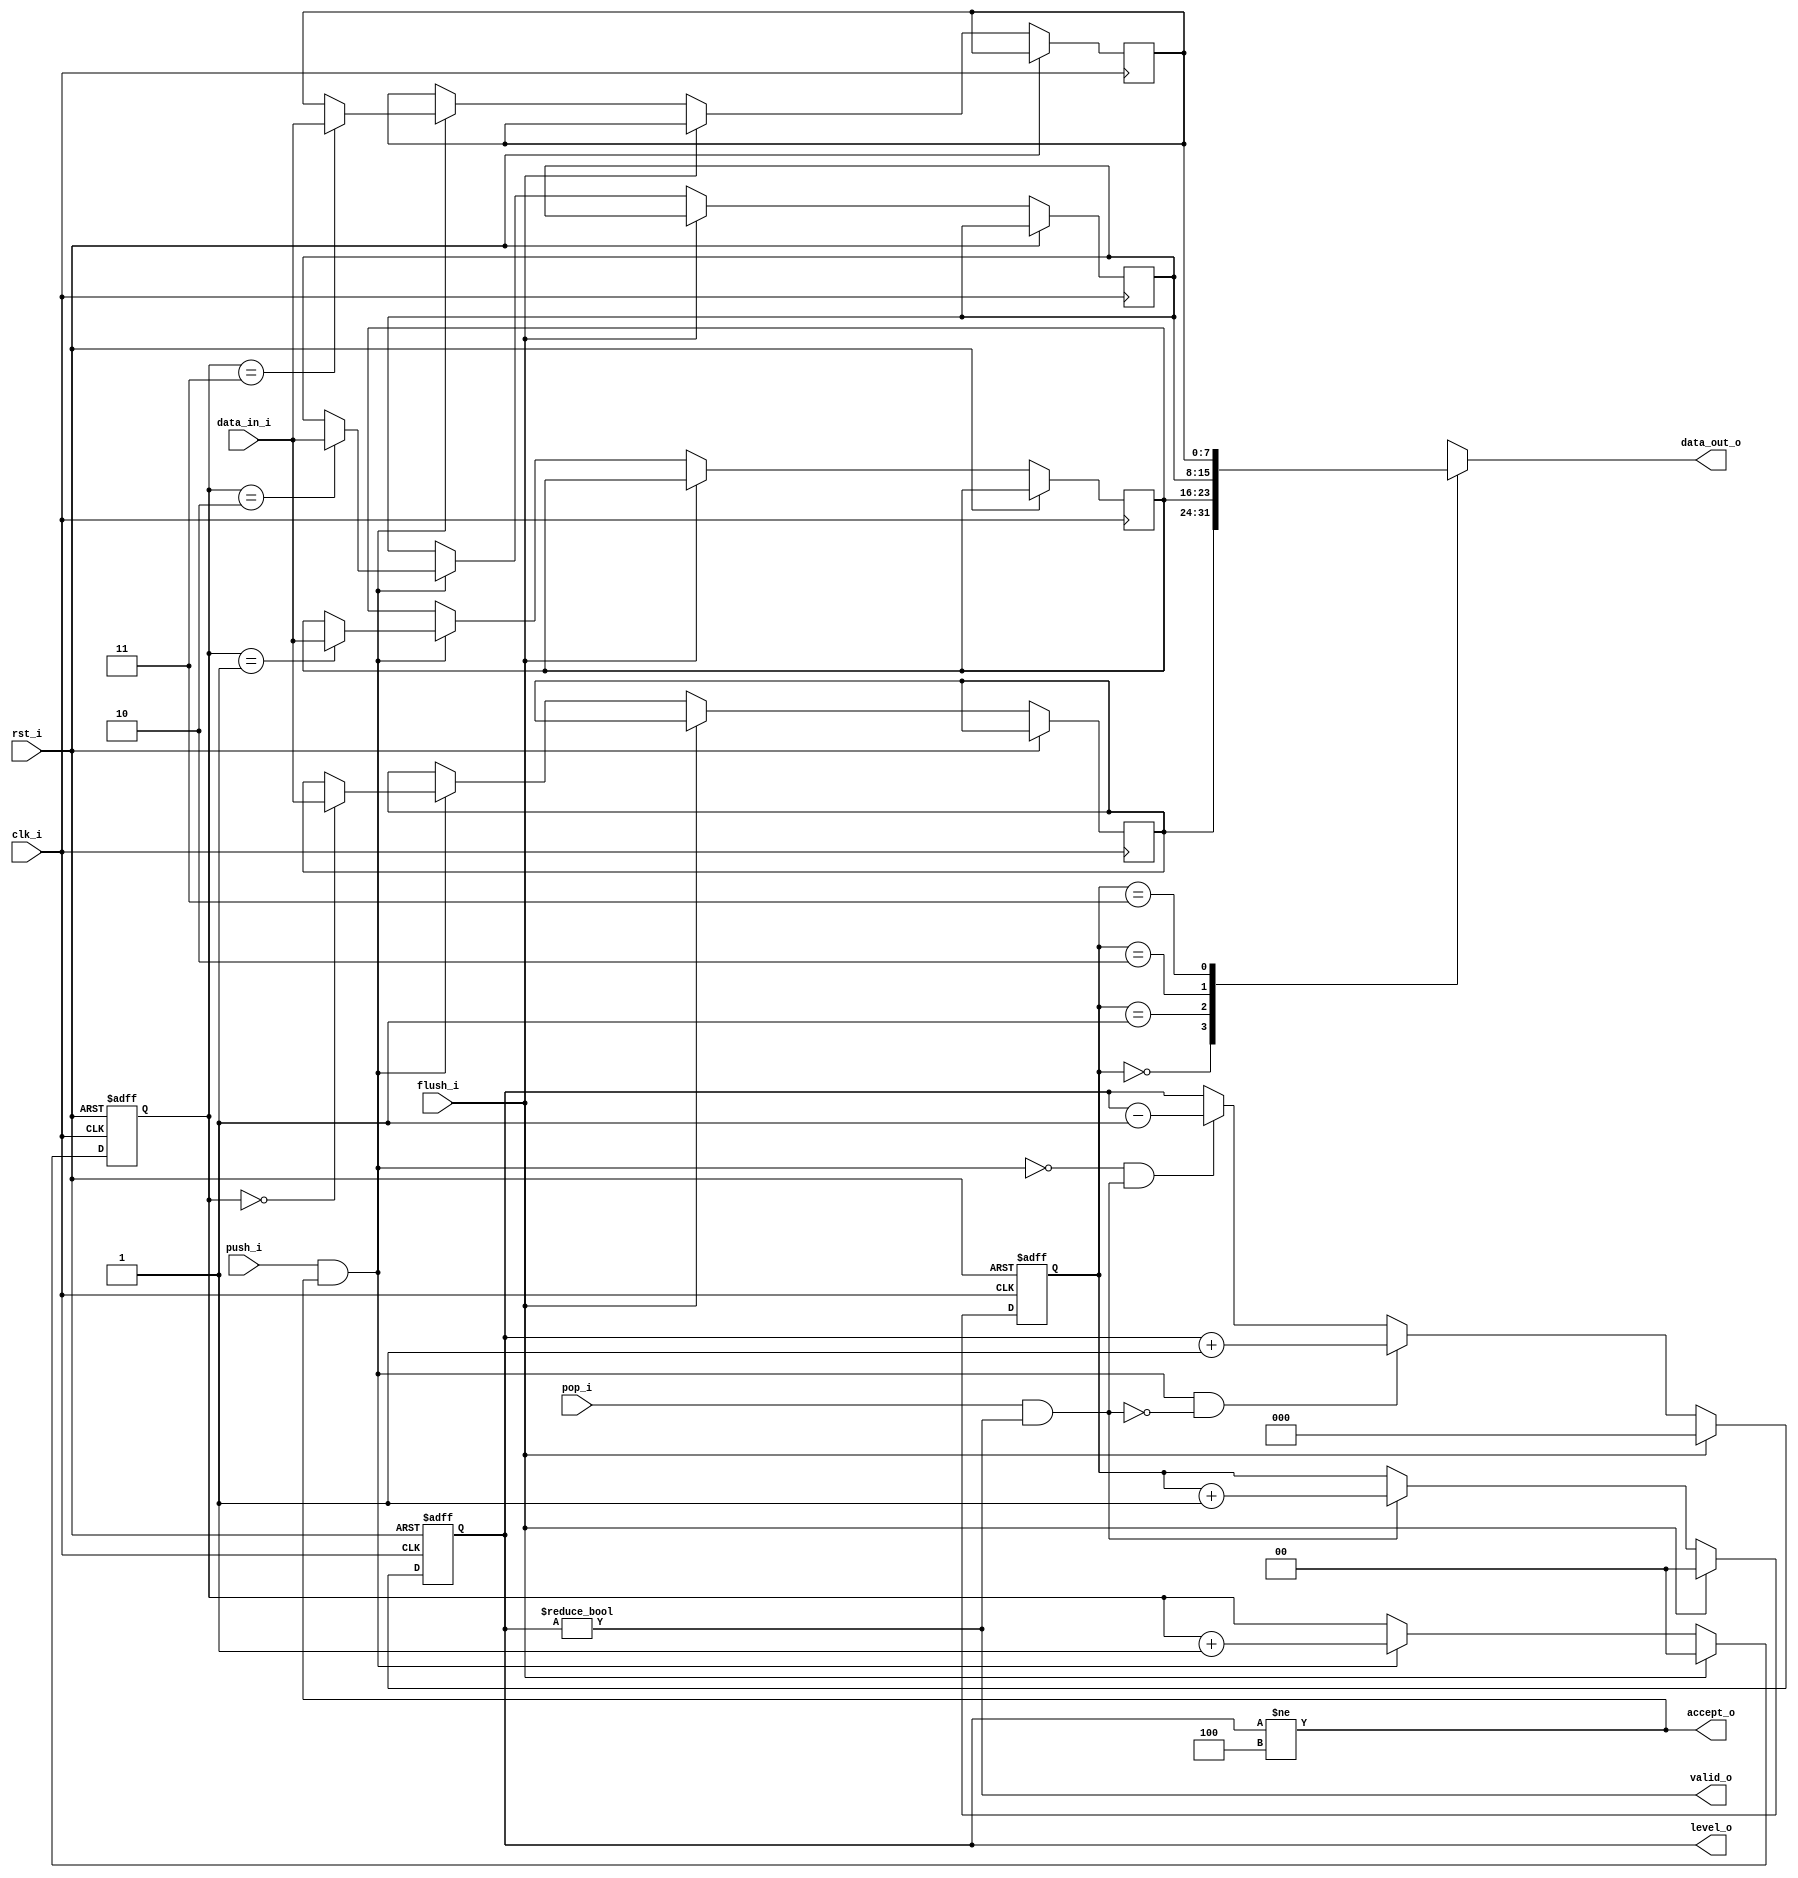
//-----------------------------------------------------------------
// Copyright (c) 2021, admin@ultra-embedded.com
// All rights reserved.
// 
// Redistribution and use in source and binary forms, with or without
// modification, are permitted provided that the following conditions 
// are met:
//   - Redistributions of source code must retain the above copyright
//     notice, this list of conditions and the following disclaimer.
//   - Redistributions in binary form must reproduce the above copyright
//     notice, this list of conditions and the following disclaimer 
//     in the documentation and/or other materials provided with the 
//     distribution.
//   - Neither the name of the author nor the names of its contributors 
//     may be used to endorse or promote products derived from this 
//     software without specific prior written permission.
// 
// THIS SOFTWARE IS PROVIDED BY THE COPYRIGHT HOLDERS AND CONTRIBUTORS 
// "AS IS" AND ANY EXPRESS OR IMPLIED WARRANTIES, INCLUDING, BUT NOT 
// LIMITED TO, THE IMPLIED WARRANTIES OF MERCHANTABILITY AND FITNESS FOR 
// A PARTICULAR PURPOSE ARE DISCLAIMED. IN NO EVENT SHALL THE AUTHOR BE 
// LIABLE FOR ANY DIRECT, INDIRECT, INCIDENTAL, SPECIAL, EXEMPLARY, OR 
// CONSEQUENTIAL DAMAGES (INCLUDING, BUT NOT LIMITED TO, PROCUREMENT OF 
// SUBSTITUTE GOODS OR SERVICES; LOSS OF USE, DATA, OR PROFITS; OR 
// BUSINESS INTERRUPTION) HOWEVER CAUSED AND ON ANY THEORY OF 
// LIABILITY, WHETHER IN CONTRACT, STRICT LIABILITY, OR TORT
// (INCLUDING NEGLIGENCE OR OTHERWISE) ARISING IN ANY WAY OUT OF 
// THE USE OF THIS SOFTWARE, EVEN IF ADVISED OF THE POSSIBILITY OF 
// SUCH DAMAGE.
//-----------------------------------------------------------------
module ctrl_mc_fifo
//-----------------------------------------------------------------
// Params
//-----------------------------------------------------------------
#(
     parameter WIDTH            = 8
    ,parameter DEPTH            = 4
    ,parameter ADDR_W           = 2
)
//-----------------------------------------------------------------
// Ports
//-----------------------------------------------------------------
(
    // Inputs
     input               clk_i
    ,input               rst_i
    ,input  [WIDTH-1:0]  data_in_i
    ,input               push_i
    ,input               pop_i
    ,input               flush_i

    // Outputs
    ,output [WIDTH-1:0]  data_out_o
    ,output              accept_o
    ,output              valid_o
    ,output [ADDR_W:0]   level_o
);

//-----------------------------------------------------------------
// Local Params
//-----------------------------------------------------------------
localparam COUNT_W = ADDR_W + 1;

//-----------------------------------------------------------------
// Registers
//-----------------------------------------------------------------
reg [WIDTH-1:0]   ram_q[DEPTH-1:0];
reg [ADDR_W-1:0]  rd_ptr_q;
reg [ADDR_W-1:0]  wr_ptr_q;
reg [COUNT_W-1:0] count_q;

//-----------------------------------------------------------------
// Sequential
//-----------------------------------------------------------------
always @ (posedge clk_i or posedge rst_i)
if (rst_i)
begin
    count_q   <= {(COUNT_W) {1'b0}};
    rd_ptr_q  <= {(ADDR_W) {1'b0}};
    wr_ptr_q  <= {(ADDR_W) {1'b0}};
end
else if (flush_i)
begin
    count_q   <= {(COUNT_W) {1'b0}};
    rd_ptr_q  <= {(ADDR_W) {1'b0}};
    wr_ptr_q  <= {(ADDR_W) {1'b0}};
end
else
begin
    // Push
    if (push_i & accept_o)
    begin
        ram_q[wr_ptr_q] <= data_in_i;
        wr_ptr_q        <= wr_ptr_q + 1;
    end

    // Pop
    if (pop_i & valid_o)
        rd_ptr_q      <= rd_ptr_q + 1;

    // Count up
    if ((push_i & accept_o) & ~(pop_i & valid_o))
        count_q <= count_q + 1;
    // Count down
    else if (~(push_i & accept_o) & (pop_i & valid_o))
        count_q <= count_q - 1;
end

//-------------------------------------------------------------------
// Combinatorial
//-------------------------------------------------------------------
/* verilator lint_off WIDTH */
assign valid_o       = (count_q != 0);
assign accept_o      = (count_q != DEPTH);
/* verilator lint_on WIDTH */

assign data_out_o    = ram_q[rd_ptr_q];

assign level_o       = count_q;


endmodule